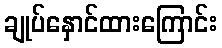
ချုပ်နှောင်ထားကြောင်း